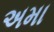
અમા